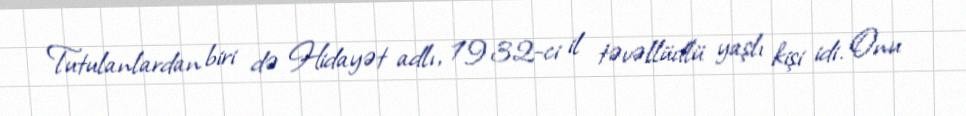
Tutulanlardan biri də Hidayət adlı, 1932-ci il təvəllüdlü yaşlı kişi idi. Onu